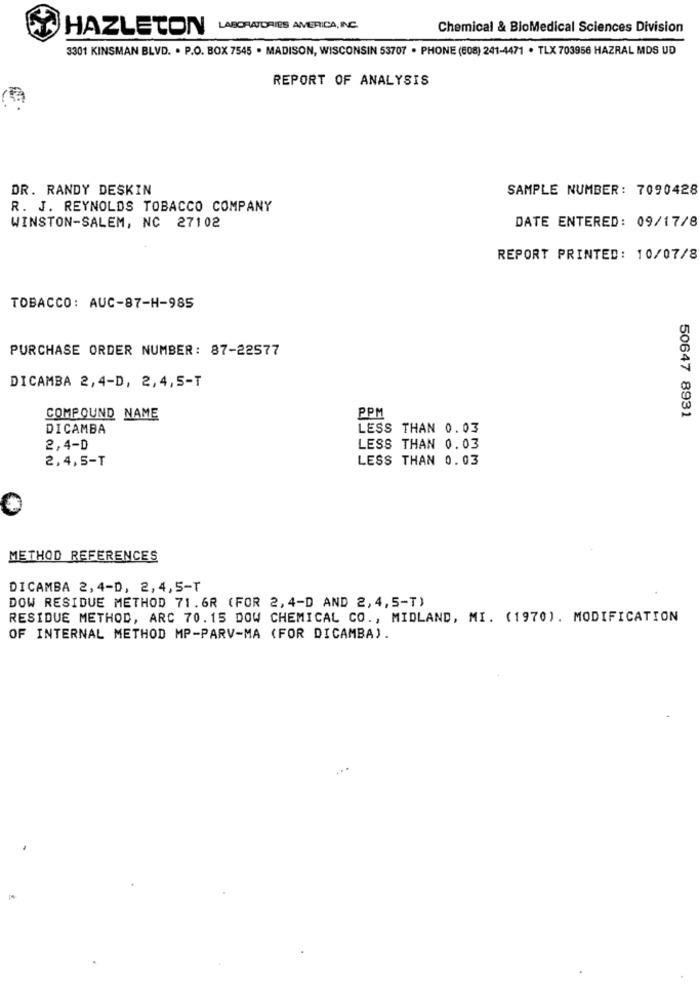
HAZLETON
LABORATORIES AMERICA, INC.
Chemical & BioMedical Sciences Division
3301 KINSMAN BLVD. . P.O. BOX 7545 . MADISON, WISCONSIN 53707 · PHONE (608) 241-4471 · TLX 703956 HAZRAL MDS UD
REPORT OF ANALYSIS
DR. RANDY DESKIN
SAMPLE NUMBER: 7090428
R. J. REYNOLDS TOBACCO COMPANY
WINSTON-SALEM, NC 27102
DATE ENTERED: 09/17/8
REPORT PRINTED: 10/07/8
TOBACCO: AUC-87-H-985
PURCHASE ORDER NUMBER: 87-22577
DICAMBA 2,4-D, 2,4,5-T
PPM
COMPOUND NAME
50647 8931
DICAMBA
LESS THAN 0.03
2,4-D
LESS THAN 0.03
2,4,5-T
LESS THAN 0.03
METHOD REFERENCES
DICAMBA 2,4-D, 2,4,5-T
DOW RESIDUE METHOD 71.6R (FOR 2, 4-D AND 2, 4, 5-T)
RESIDUE METHOD, ARC 70.15 DOW CHEMICAL CO ., MIDLAND, MI. (1970). MODIFICATION
OF INTERNAL METHOD MP-PARV-MA (FOR DICAMBA).